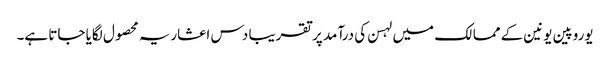
یوروپین یونین کے ممالک میں لہسن کی درآمد پر تقریبا دس اعشاریہ محصول لگایا جاتا ہے۔